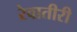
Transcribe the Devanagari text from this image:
रेवातीरी